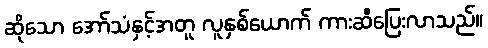
ဆိုသော အော်သံနှင့်အတူ လူနှစ်ယောက် ကားဆီပြေးလာသည်။